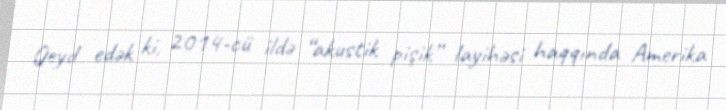
Qeyd edək ki, 2014-cü ildə “akustik pişik” layihəsi haqqında Amerika